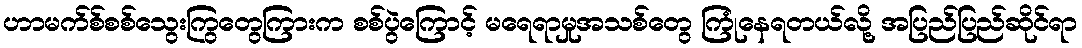
ဟာမက်စ်စစ်သွေးကြွတွေကြားက စစ်ပွဲကြောင့် မရေရာမှုအသစ်တွေ ကြုံနေရတယ်လို့ အပြည်ပြည်ဆိုင်ရာ